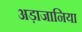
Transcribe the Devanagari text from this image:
अड़ाजानिया